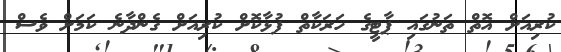
ކުރިއަށް އޮތް ތަނުގައި ޕާޓީގެ ހަރަކާތް ފުޅާކޮށް ކުރިއަށް ގެންދާނެ ކަމަށް ވެސް